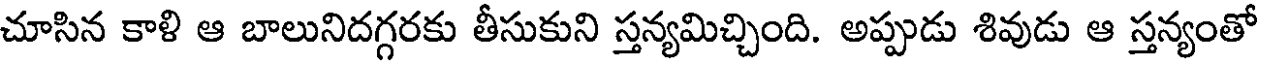
చూసిన కాళి ఆ బాలునిదగ్గరకు తీసుకుని స్తన్యమిచ్చింది. అప్పుడు శివుడు ఆ స్తన్యంతో